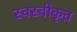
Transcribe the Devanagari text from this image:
स्वस्वीकृत